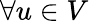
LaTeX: \forall u\in V